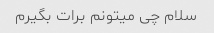
سلام چی میتونم برات بگیرم